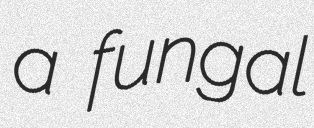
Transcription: a fungal